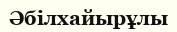
Әбілхайырұлы